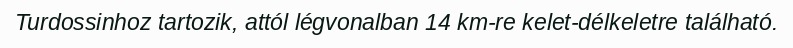
Turdossinhoz tartozik, attól légvonalban 14 km-re kelet-délkeletre található.